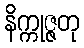
နိက္ကုဇ္ဇတု